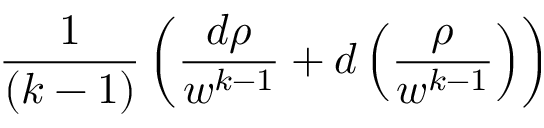
{ \frac { 1 } { ( k - 1 ) } } \left( { \frac { d \rho } { w ^ { k - 1 } } } + d \left( { \frac { \rho } { w ^ { k - 1 } } } \right) \right)